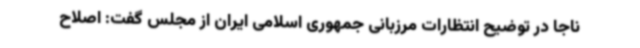
ناجا در توضیح انتظارات مرزبانی جمهوری اسلامی ایران از مجلس گفت: اصلاح